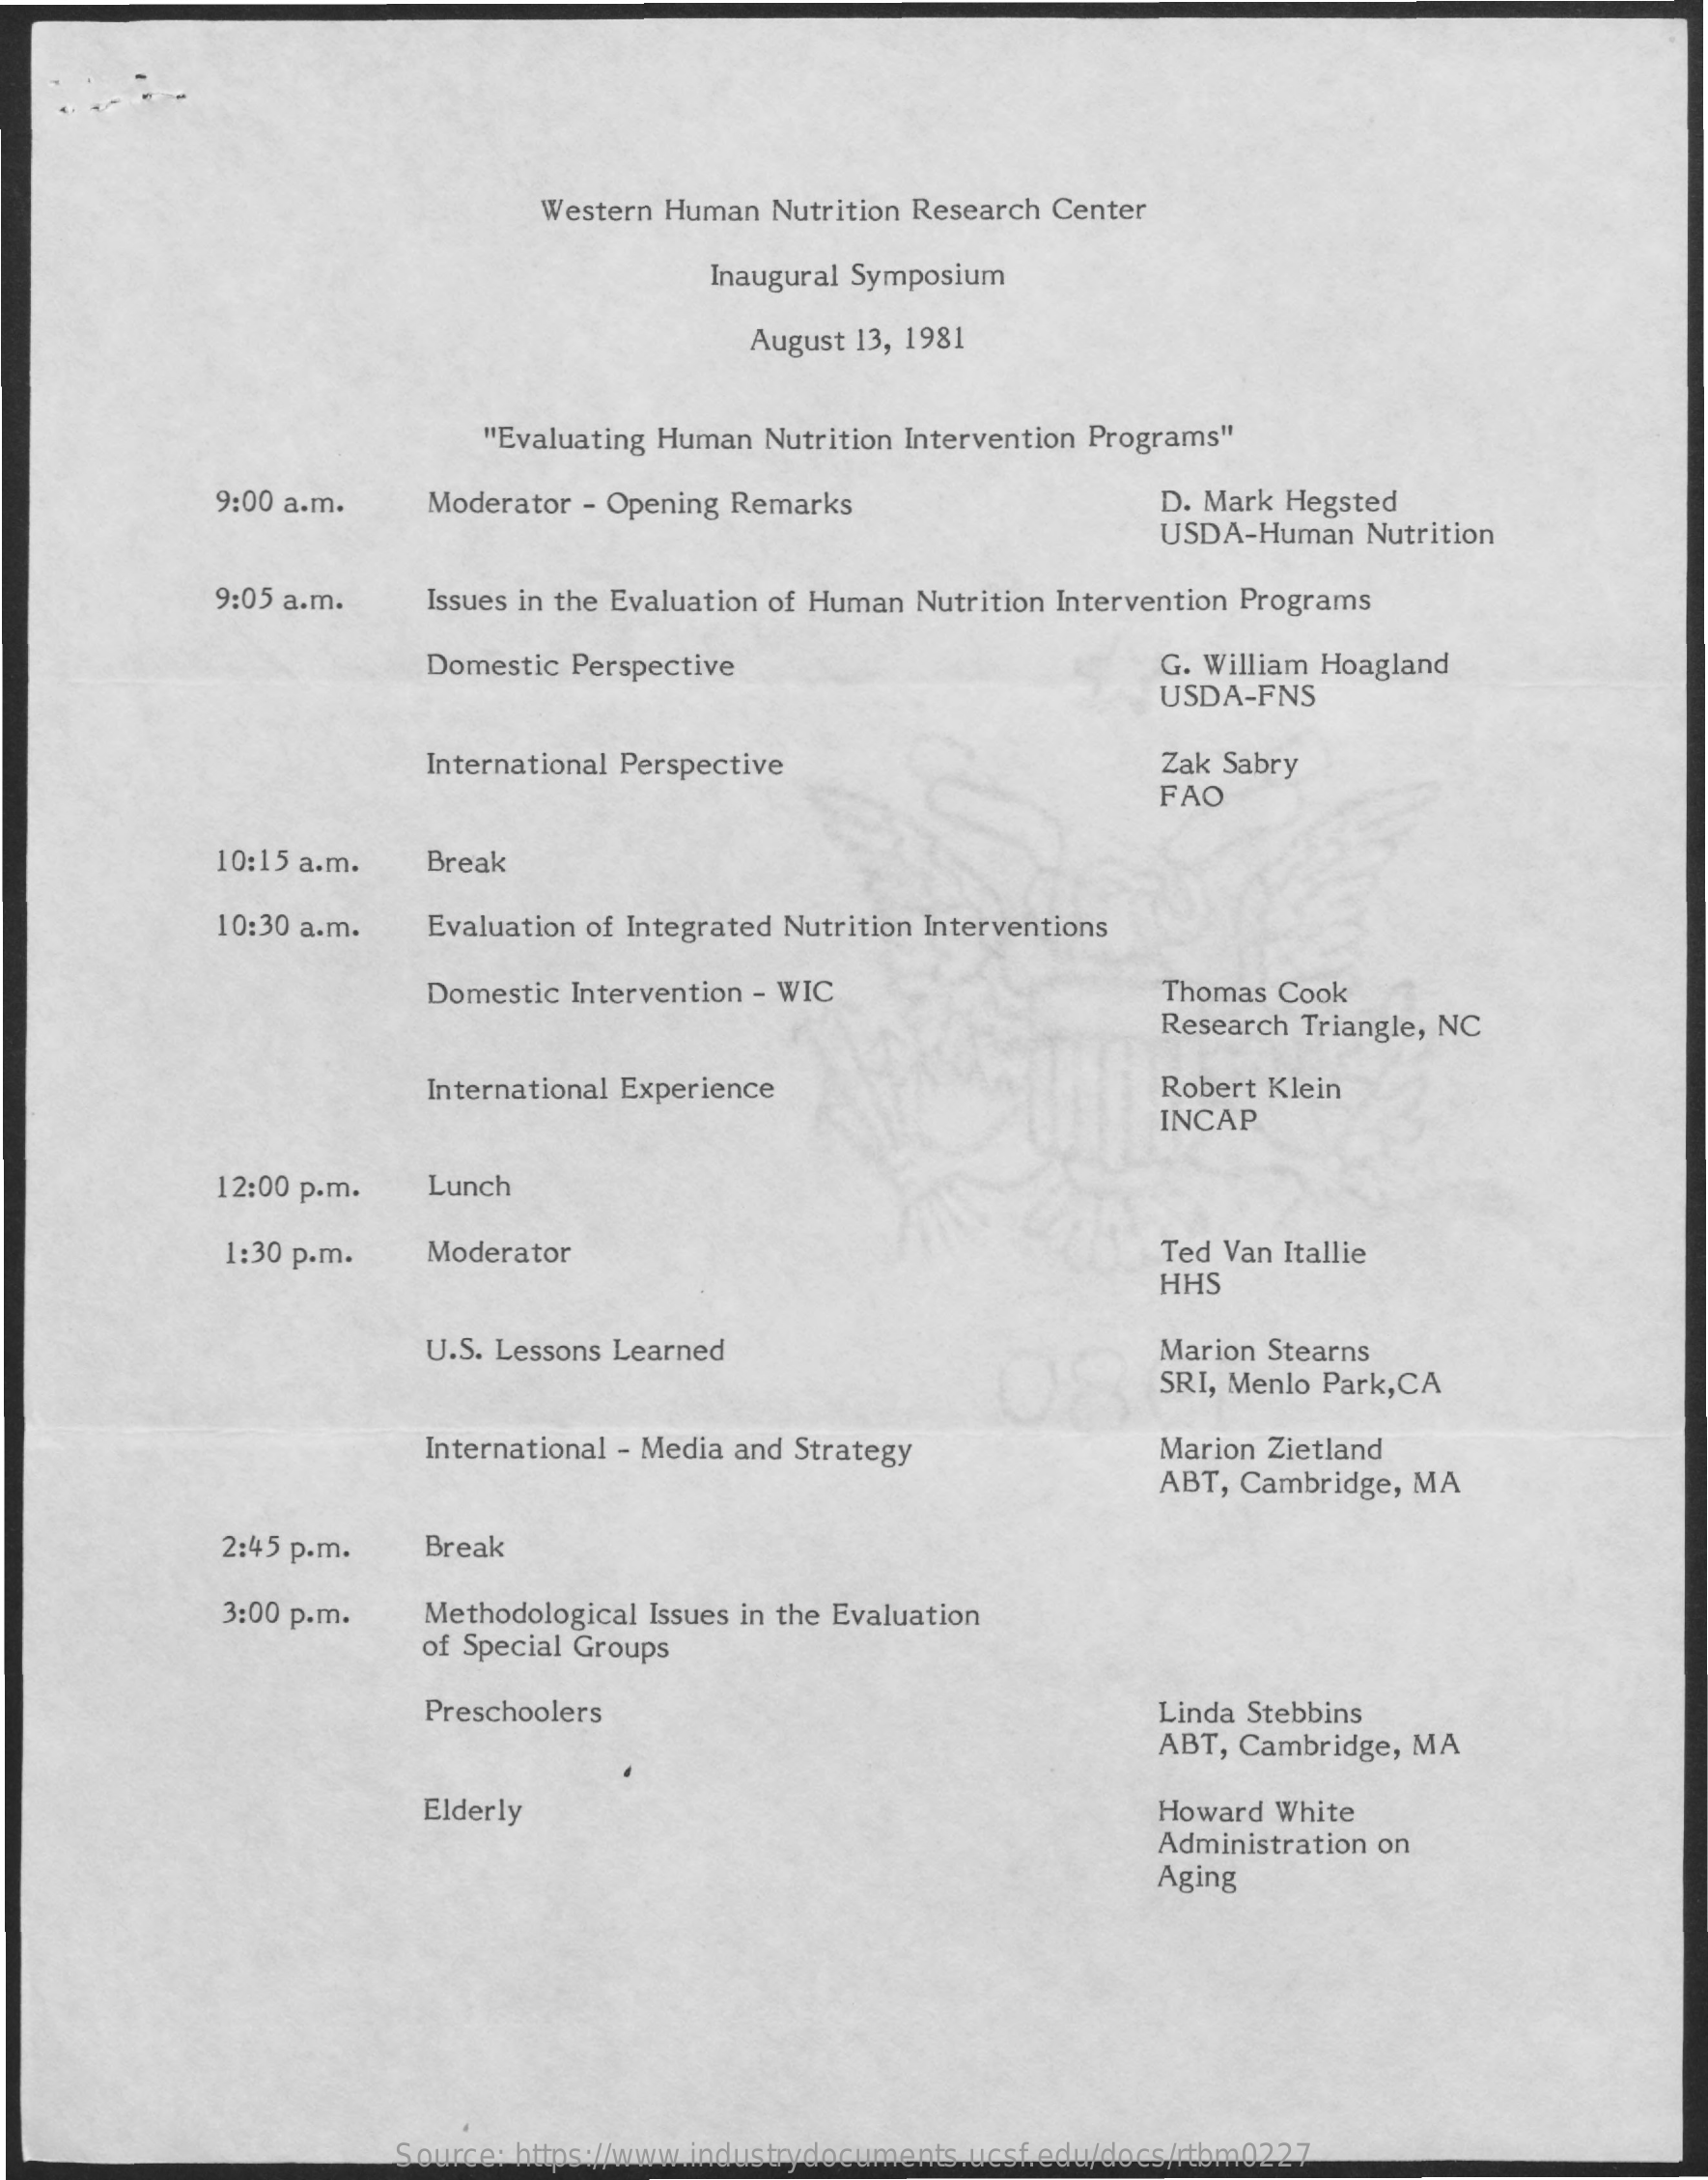
Western Human Nutrition Research Center
     Inaugural Symposium
     August 13, 1981
     "Evaluating Human Nutrition Intervention Programs"
     9:00 a.m.   Moderator - Opening Remarks    D. Mark Hegsted
     USDA-Human  Nutrition
     9:05 a.m.   Issues in the Evaluation of Human Nutrition Intervention Programs
     Domestic Perspective    G. William Hoagland
     USDA-FNS
     International Perspective    Zak Sabry
     FAO
     10:15 a.m. Break
     10:30 a.m. Evaluation of Integrated Nutrition Interventions
     Domestic Intervention - WIC    Thomas Cook
     Research Triangle, NC
     International Experience    Robert Klein
     INCAP
     12:00 p.m.  Lunch
     1:30 p.m.  Moderator    Ted Van Itallie
     HHS
     U.S. Lessons Learned
     08
     Marion Stearns
     SRI, Menlo Park,CA
     International - Media and Strategy    Marion Zietland
     ABT, Cambridge, MA
     2:45 p.m.  Break
     3:00 p.m.  Methodological Issues in the Evaluation
     of Special Groups
     Preschoolers    Linda Stebbins
     ABT, Cambridge, MA
     Elderly    Howard White
     Administration on
     Aging
     Source: https://www.industrydocuments.ucsf.edu/docs/rtbm0227